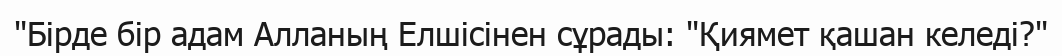
"Бірде бір адам Алланың Елшісінен сұрады: "Қиямет қашан келеді?"